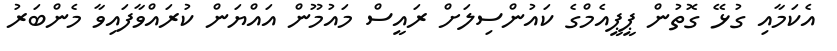
އެކަމާއި ގުޅޭ ގޮތުން ޕީޕީއެމްގެ ކައުންސިލަށް ރައީސް މައުމޫން އައްޔަން ކުރައްވާފައިވާ މެންބަރު